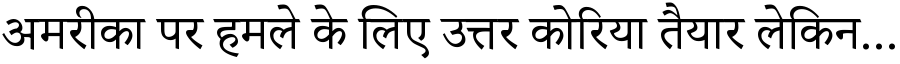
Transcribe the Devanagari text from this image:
अमरीका पर हमले के लिए उत्तर कोरिया तैयार लेकिन...